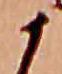
か